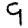
Digit: 9